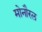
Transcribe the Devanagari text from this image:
मोनौरल